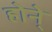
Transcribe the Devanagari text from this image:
होने्